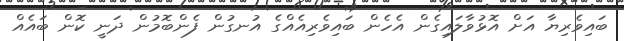
ބައިވެރިޔާ އަށް އޮޅުވާލައިގެން އެހެން ބައިވެރިއެއްގެ އުނގުން ފެންބޮމުން ދަނީ ކޮން ބައެއް